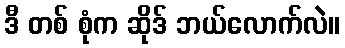
ဒီ တစ် စုံက ဆိုဒ် ဘယ်လောက်လဲ။